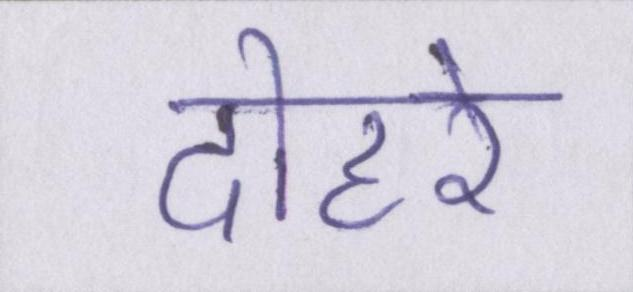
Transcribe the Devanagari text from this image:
दोहरे